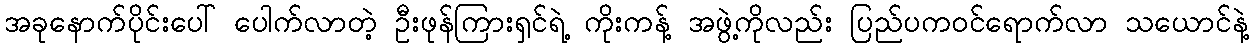
အခုနောက်ပိုင်းပေါ် ပေါက်လာတဲ့ ဦးဖုန်ကြားရှင်ရဲ့ ကိုးကန့် အဖွဲ့ကိုလည်း ပြည်ပကဝင်ရောက်လာ သယောင်နဲ့